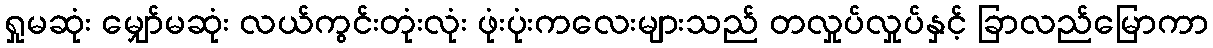
ရှုမဆုံး မျှော်မဆုံး လယ်ကွင်းတုံးလုံး ဖုံးပုံးကလေးများသည် တလှုပ်လှုပ်နှင့် ခြာလည်မြောကာ